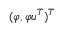
( \varphi , \varphi u ^ { T } ) ^ { T }